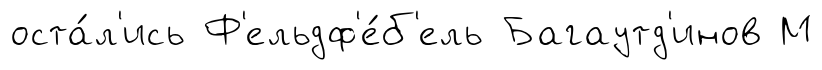
оста́л'ись Ф'ельдф'е́б'ель Багаутд'инов М